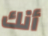
أنك